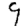
Digit: 9